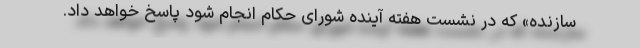
سازنده» که در نشست هفته آینده شورای حکام انجام شود پاسخ خواهد داد.